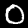
Digit: 0